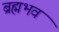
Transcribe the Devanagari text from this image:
ब्रह्मभव